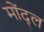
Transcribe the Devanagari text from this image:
मोंद्ल